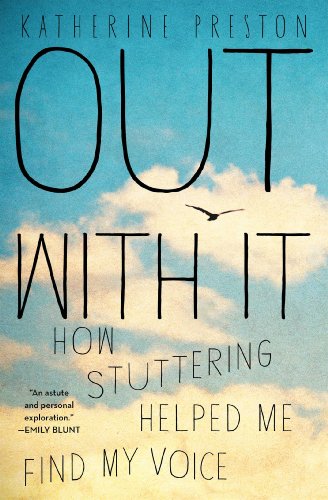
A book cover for Out With It: How Stuttering Helped Me Find My Voice; Katherine Preston; Health, Fitness & Dieting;